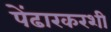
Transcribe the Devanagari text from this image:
पेंढारकरशी